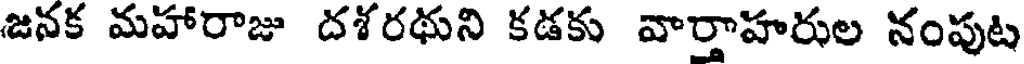
జనక మహారాజు దశరథుని కడకు వార్తాహరుల నంపుట